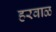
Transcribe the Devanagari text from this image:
हरवाळ